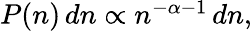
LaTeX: \begin{array}{r}{P(n)\, dn\propto n^{-\alpha-1}\, dn,}\end{array}